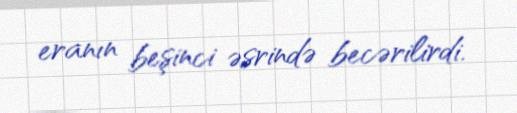
eranın beşinci əsrində becərilirdi.